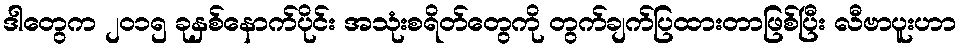
ဒါတွေက ၂၀၁၅ ခုနှစ်နောက်ပိုင်း အသုံးစရိတ်တွေကို တွက်ချက်ပြထားတာဖြစ်ပြီး လီဗာပူးဟာ